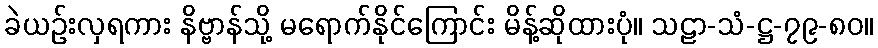
ခဲယဉ်းလှရကား နိဗ္ဗာန်သို့ မရောက်နိုင်ကြောင်း မိန့်ဆိုထားပုံ။ သဠာ-သံ-ဋ္ဌ-၇၉-၈၀။